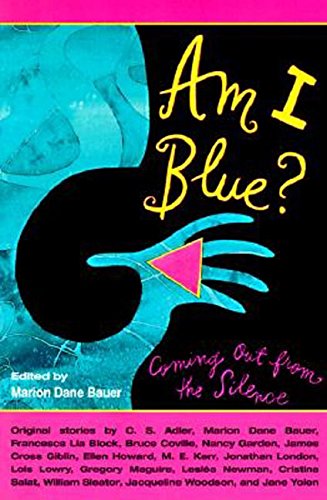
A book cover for Am I Blue?: Coming Out from the Silence; Teen & Young Adult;